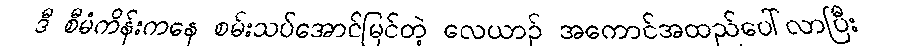
ဒီ စီမံကိန်းကနေ စမ်းသပ်အောင်မြင်တဲ့ လေယာဉ် အကောင်အထည်ပေါ်လာပြီး